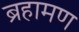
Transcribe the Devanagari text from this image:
ब्रहामण